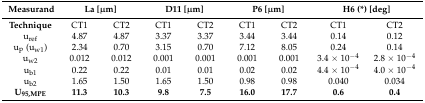
<table><thead><tr><td><b>Measurand</b></td><td colspan="2"><b>La [μm]</b></td><td colspan="2"><b>D11 [μm]</b></td><td colspan="2"><b>P6 [μm]</b></td><td colspan="2"><b>H6 (*) [deg]</b></td></tr></thead><tbody><tr><td><b>Technique</b></td><td>CT1</td><td>CT2</td><td>CT1</td><td>CT2</td><td>CT1</td><td>CT2</td><td>CT1</td><td>CT2</td></tr><tr><td>u<sub>ref</sub></td><td>4.87</td><td>4.87</td><td>3.37</td><td>3.37</td><td>3.44</td><td>3.44</td><td>0.14</td><td>0.12</td></tr><tr><td>u<sub>p</sub> (u<sub>w1</sub>)</td><td>2.34</td><td>0.70</td><td>3.15</td><td>0.70</td><td>7.12</td><td>8.05</td><td>0.24</td><td>0.14</td></tr><tr><td>u<sub>w2</sub></td><td>0.012</td><td>0.012</td><td>0.001</td><td>0.001</td><td>0.001</td><td>0.001</td><td>3.4 × 10<sup>−4</sup></td><td>2.8 × 10<sup>−4</sup></td></tr><tr><td>u<sub>b1</sub></td><td>0.22</td><td>0.22</td><td>0.01</td><td>0.01</td><td>0.02</td><td>0.02</td><td>4.4 × 10<sup>−4</sup></td><td>4.0 × 10<sup>−4</sup></td></tr><tr><td>u<sub>b2</sub></td><td>1.65</td><td>1.50</td><td>1.65</td><td>1.50</td><td>0.98</td><td>0.98</td><td>0.040</td><td>0.034</td></tr><tr><td><b>U<sub>95,MPE</sub></b></td><td><b>11.3</b></td><td><b>10.3</b></td><td><b>9.8</b></td><td><b>7.5</b></td><td><b>16.0</b></td><td><b>17.7</b></td><td><b>0.6</b></td><td><b>0.4</b></td></tr></tbody></table>